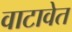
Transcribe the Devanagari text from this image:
वाटावेत